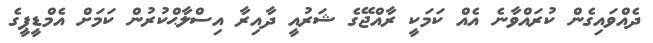
ދެއްވައިގެން ކުރައްވާނެ އެއް ކަމަކީ ރާއްޖޭގެ ޝަރުއީ ދާއިރާ އިސްލާޙްކުރުން ކަމަށް އެމްޑީޕީގެ